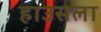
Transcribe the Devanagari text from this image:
हाउसला